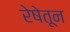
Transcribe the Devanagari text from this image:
रेषेतून